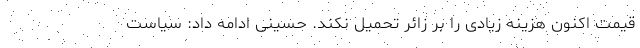
قیمت اکنون هزینه زیادی را بر زائر تحمیل نکند. حسینی ادامه داد: سیاست